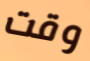
وقت